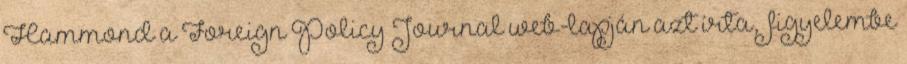
Hammond a Foreign Policy Journal web-lapján azt írta, “figyelembe